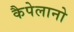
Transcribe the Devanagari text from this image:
कैपेलानो